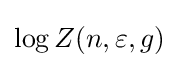
\log Z(n,\varepsilon ,g)